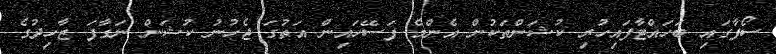
ސޯފާގައި ބަހައްޓާފައިހުރި ކުޝަންތަކުން އެންމެ ފަސޭހައިން އަތުގަ ޖެހުނު ކުޝަން ނަގާފަ ޒާހިދުގެ